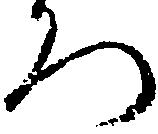
ろ